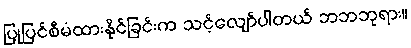
ပြုပြင်စီမံထားနိုင်ခြင်းက သင့်လျော်ပါတယ် ဘဘဘုရား။